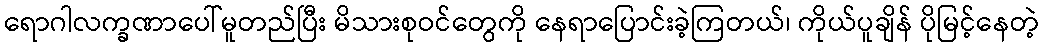
ရောဂါလက္ခဏာပေါ်မူတည်ပြီး မိသားစုဝင်တွေကို နေရာပြောင်းခဲ့ကြတယ်၊ ကိုယ်ပူချိန် ပိုမြင့်နေတဲ့